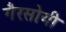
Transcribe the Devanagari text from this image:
गैरसोयी